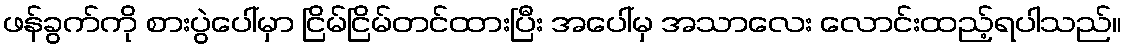
ဖန်ခွက်ကို စားပွဲပေါ်မှာ ငြိမ်ငြိမ်တင်ထားပြီး အပေါ်မှ အသာလေး လောင်းထည့်ရပါသည်။